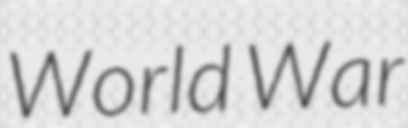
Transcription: World War